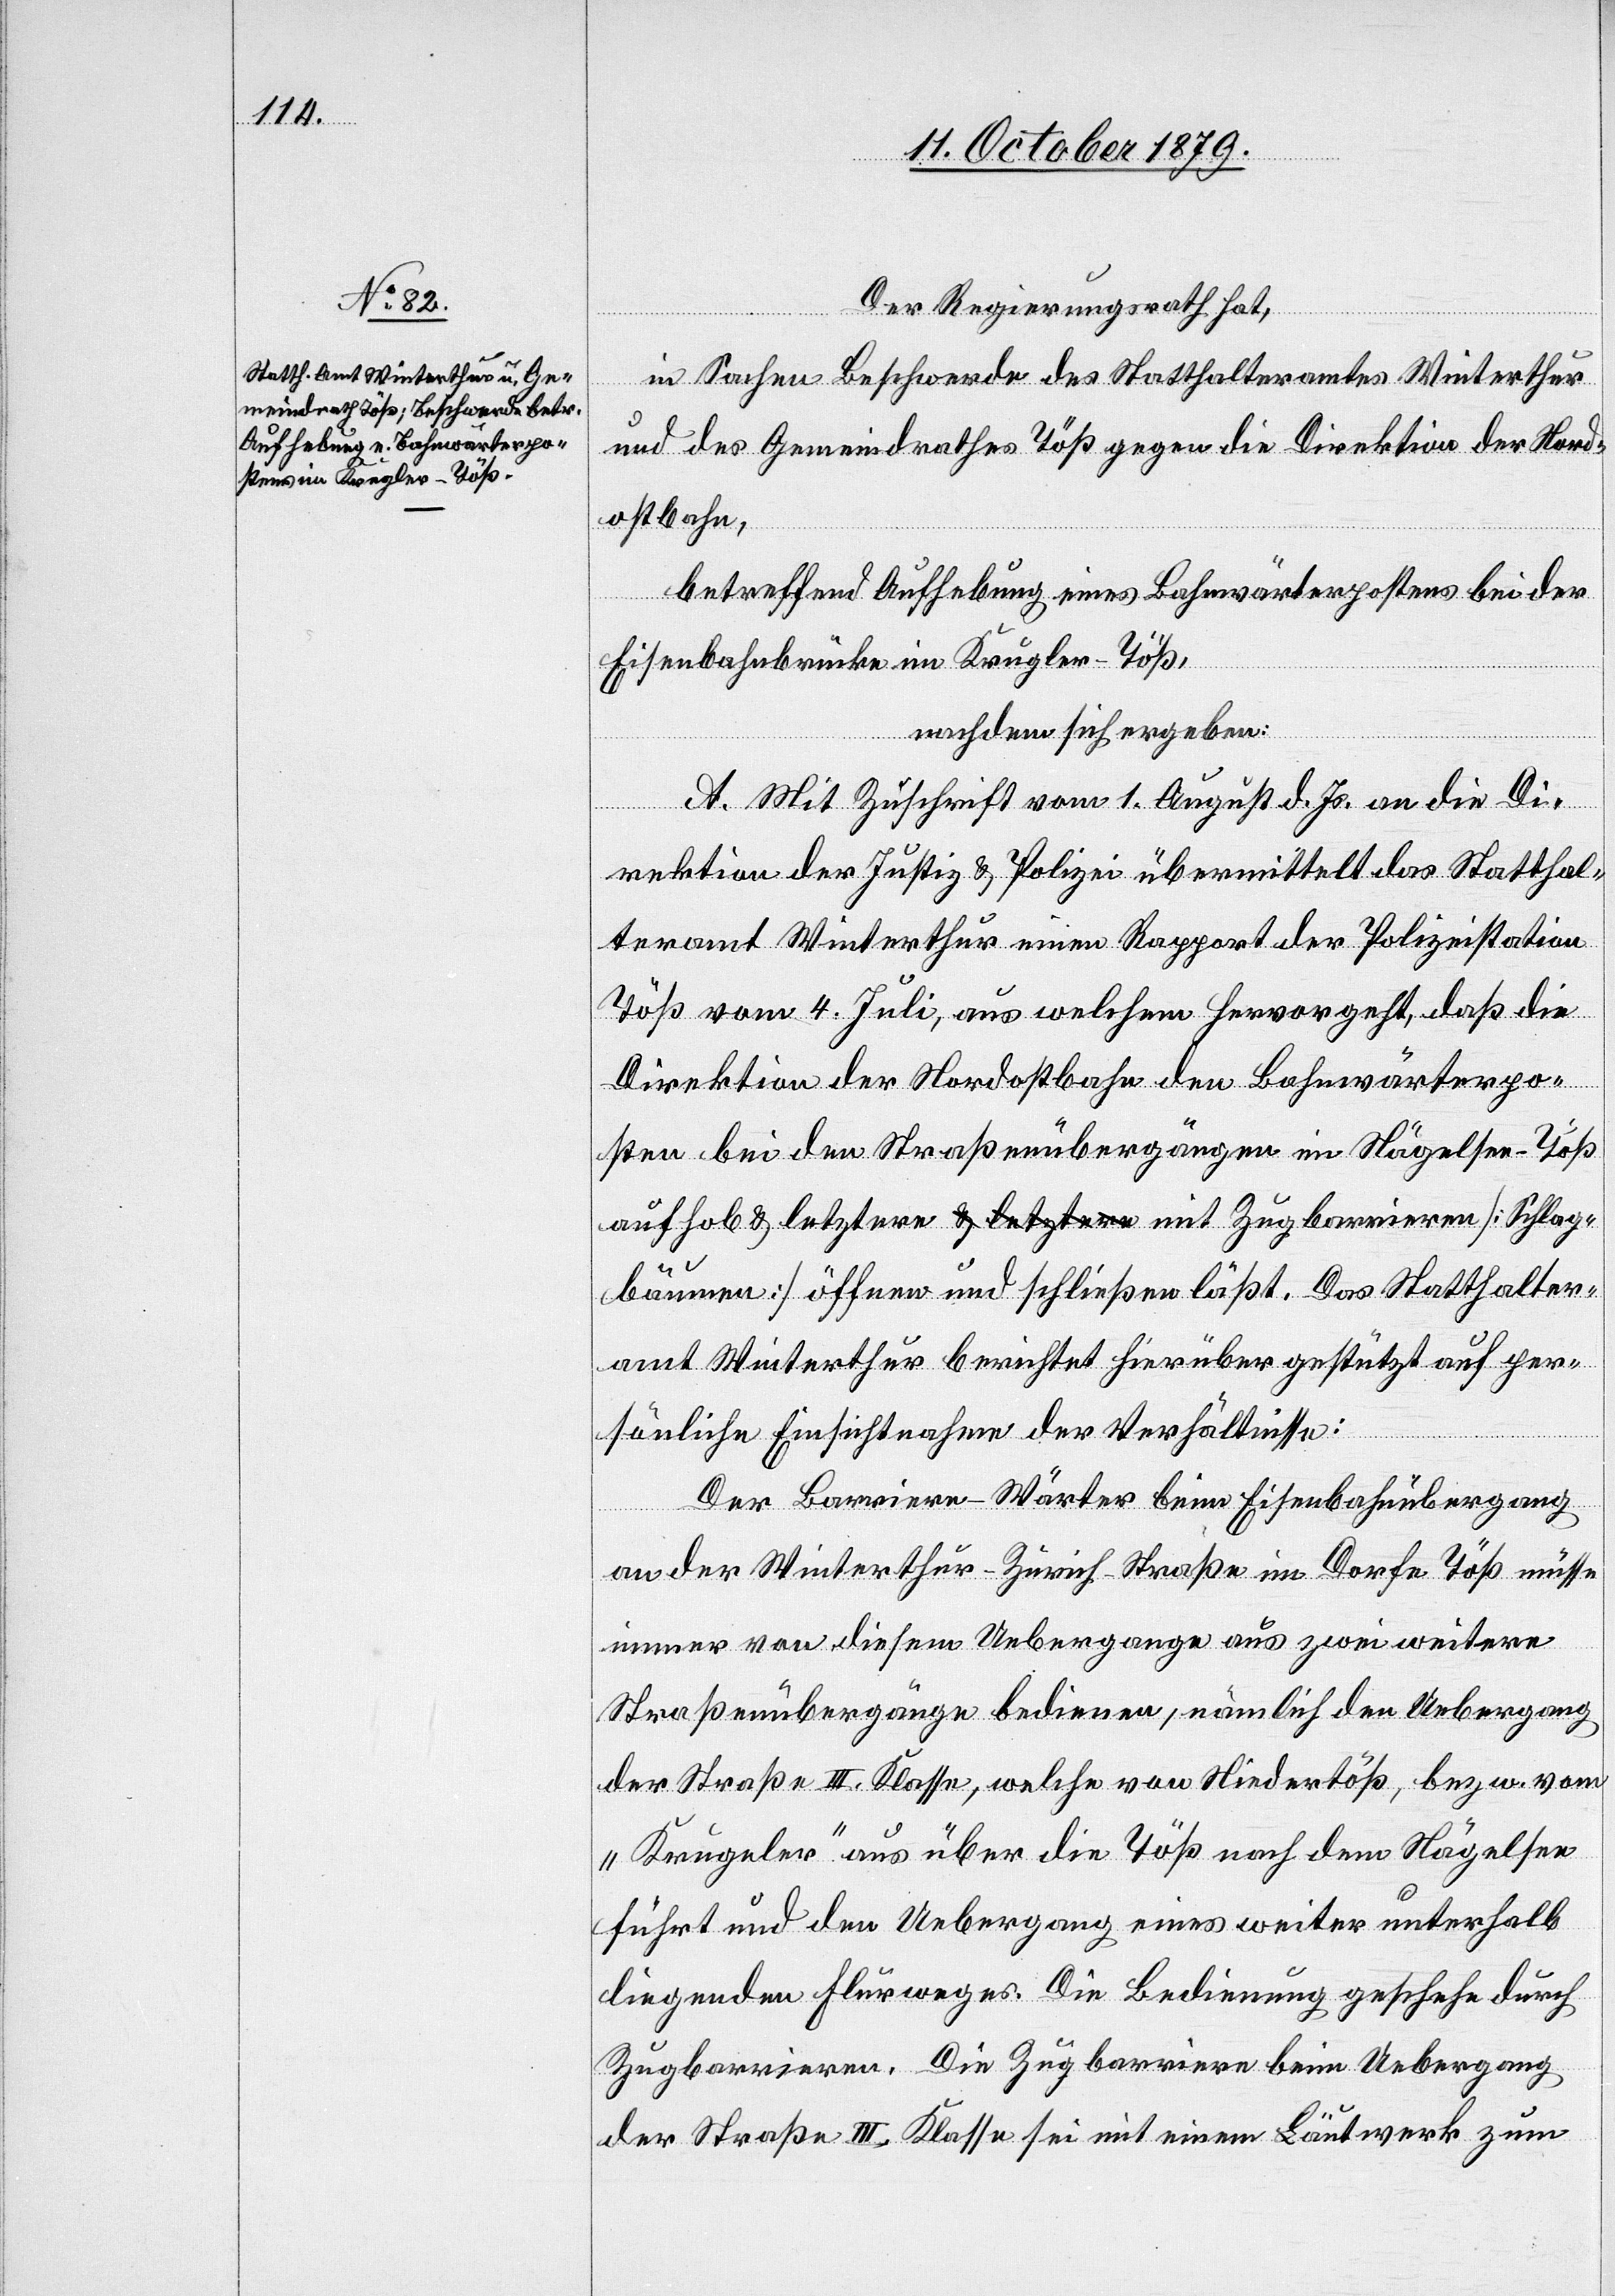
[Schlag¬
Der Regierungsrath hat,
in Sachen Beschwerde des Statthalteramtes Winterthur
und des Gemeindrathes Töß gegen die Direktion der Nord¬
ostbahn,
betreffend Aufhebung eines Bahnwärterpostens bei der
Eisenbahnbrücke im Krugler - Töß,
nachdem sich ergeben:
Zu¬
A. Mit Zuschrift vom 1. August d. Js. an die Di¬
rektion der Justiz & Polizei übermittelt das Statthal¬
teramt Winterthur einen Rapport der Polizeistation
Töß vom 4. Juli, aus welchem hervorgeht, daß die
Direktion der Nordostbahn den Bahnwärterpo¬
sten bei den Straßenübergängen im Nägelsee - Töß
bäumen] öffnen und schließen läßt. Das Statthalter¬
amt Winterthur berichtet hierüber gestützt auf per¬
sönliche Einsichtnahme der Verhältnisse:
gbarrieren
Der Barriere-Wärter beim Eisenbahnübergang
mit
an der Winterthur–Zürich-Straße im Dorfe Töß müsse
immer von diesem Uebergange aus zwei weitere
Straßenübergänge bedienen, nämlich den Uebergang
der Straße III. Klasse, welche von Niedertöß, bezw. vom
„Krugeler“ aus über die Töß nach dem Nägelsee
führt und den Uebergang eines weiter unterhalb
liegenden Flurweges. Die Bedienung geschehe durch
Zugbarrieren. Die Zugbarrieren beim Uebergang
der Straße III. Klasse sei mit einem Läutwerk zum